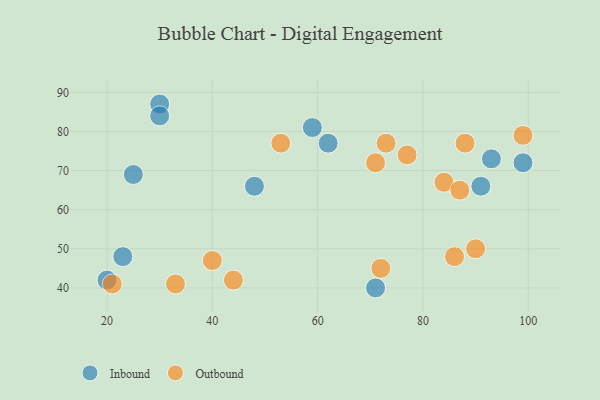
{"axis": {"x": "GDP", "y": "Life Expectancy"}, "legend": ["Inbound", "Outbound"], "data": [{"x": "71", "y": 40, "type": "Inbound"}, {"x": "91", "y": 66, "type": "Inbound"}, {"x": "30", "y": 87, "type": "Inbound"}, {"x": "23", "y": 48, "type": "Inbound"}, {"x": "20", "y": 42, "type": "Inbound"}, {"x": "93", "y": 73, "type": "Inbound"}, {"x": "62", "y": 77, "type": "Inbound"}, {"x": "59", "y": 81, "type": "Inbound"}, {"x": "25", "y": 69, "type": "Inbound"}, {"x": "48", "y": 66, "type": "Inbound"}, {"x": "99", "y": 72, "type": "Inbound"}, {"x": "30", "y": 84, "type": "Inbound"}, {"x": "99", "y": 79, "type": "Outbound"}, {"x": "73", "y": 77, "type": "Outbound"}, {"x": "72", "y": 45, "type": "Outbound"}, {"x": "84", "y": 67, "type": "Outbound"}, {"x": "33", "y": 41, "type": "Outbound"}, {"x": "21", "y": 41, "type": "Outbound"}, {"x": "40", "y": 47, "type": "Outbound"}, {"x": "44", "y": 42, "type": "Outbound"}, {"x": "88", "y": 77, "type": "Outbound"}, {"x": "90", "y": 50, "type": "Outbound"}, {"x": "71", "y": 72, "type": "Outbound"}, {"x": "77", "y": 74, "type": "Outbound"}, {"x": "87", "y": 65, "type": "Outbound"}, {"x": "53", "y": 77, "type": "Outbound"}, {"x": "86", "y": 48, "type": "Outbound"}]}